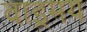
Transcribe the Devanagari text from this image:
वाड्रमय